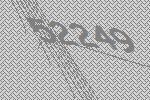
52249